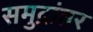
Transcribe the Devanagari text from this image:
समुद्रांतर